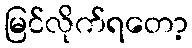
မြင်လိုက်ရတော့